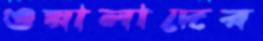
ওয়ালাদের